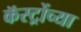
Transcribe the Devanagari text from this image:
कॅस्ट्रोंच्या